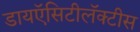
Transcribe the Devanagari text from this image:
डायऍसिटीलॅक्‍टीस